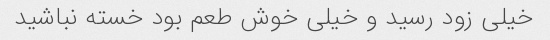
خیلی زود رسید و خیلی خوش طعم بود خسته نباشید